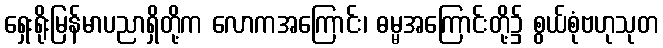
ရှေးရိုးမြန်မာပညာရှိတို့က လောကအကြောင်း၊ ဓမ္မအကြောင်းတို့၌ စွယ်စုံဗဟုသုတ